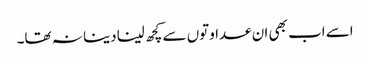
اسے اب بھی ان عداوتوں سے کچھ لینا دینا نہ تھا۔